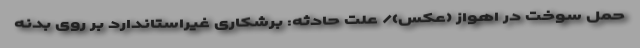
حمل سوخت در اهواز (عکس)/ علت حادثه: برشکاری غیراستاندارد بر روی بدنه